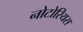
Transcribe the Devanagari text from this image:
नोटोरियस